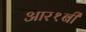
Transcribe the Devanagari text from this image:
आर१बी